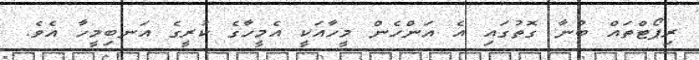
ރިޕޯޓްތައް ބުނާ ގޮތުގައި އެ އަންހެން މީހާއަކީ އެމީހާގެ ކުރީގެ އަނބިމީހާ އެވެ.